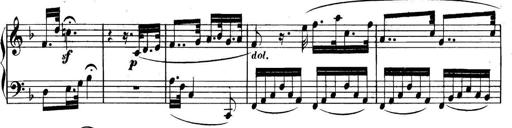
Title: Collected Piano Sonatas
Composer: Muzio Clementi